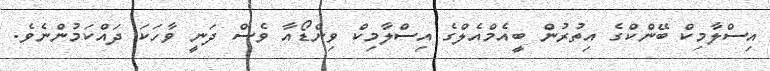
އިސްލާމިކް ބޭންކްގެ އިތުރުން ބީއެމްއެލްގެ އިސްލާމިކް ވިންޑޯއާ ވެސް ދަނީ ވާހަކަ ދައްކަމުންނެވެ.